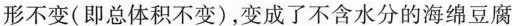
形不变(即总体积不变)，变成了不含水分的海绵豆腐